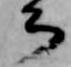
公